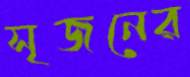
সৃজনের